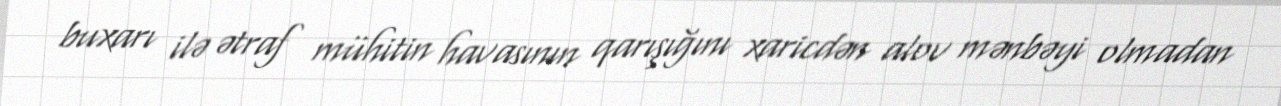
buxarı ilə ətraf mühitin havasının qarışığını xaricdən alov mənbəyi olmadan